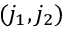
( j _ { 1 } , j _ { 2 } )